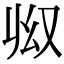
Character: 𠬳